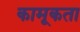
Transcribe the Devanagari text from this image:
कामूकता